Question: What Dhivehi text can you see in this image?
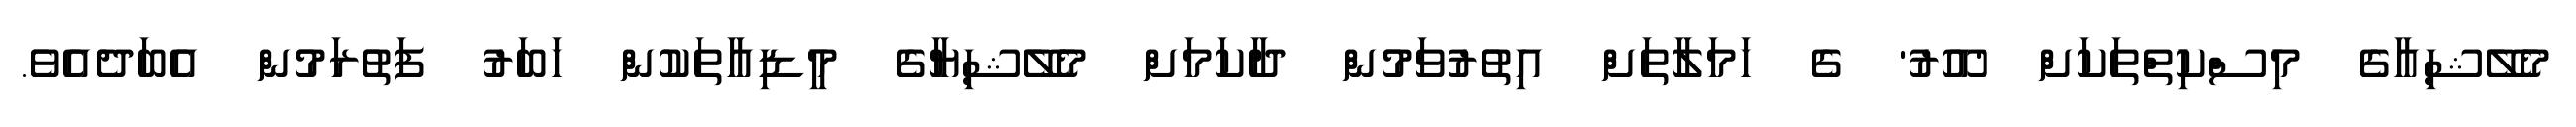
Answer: މެލޭޝިއާގެ މިސްކިތްތަކަށް 'އޫރު' ގެ ހަމަލާތަށް އިތުރުވަމުން ދާކަމަށް މެލޭޝިޔާގެ މީޑިއާތަކުން ހަބަރު ފަތުރަމުން އެބަދެއެވެ.